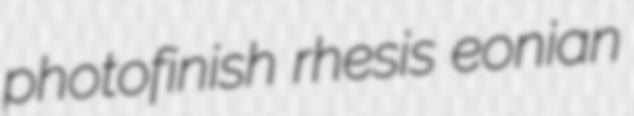
photofinish rhesis eonian